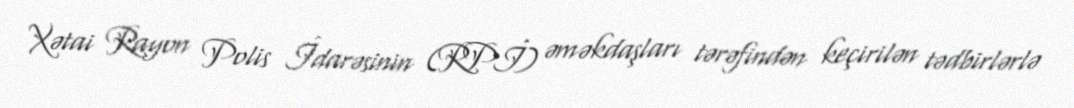
Xətai Rayon Polis İdarəsinin (RPİ) əməkdaşları tərəfindən keçirilən tədbirlərlə